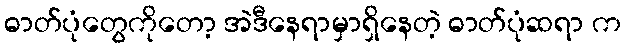
ဓာတ်ပုံတွေကိုတော့ အဲဒီနေရာမှာရှိနေတဲ့ ဓာတ်ပုံဆရာ က